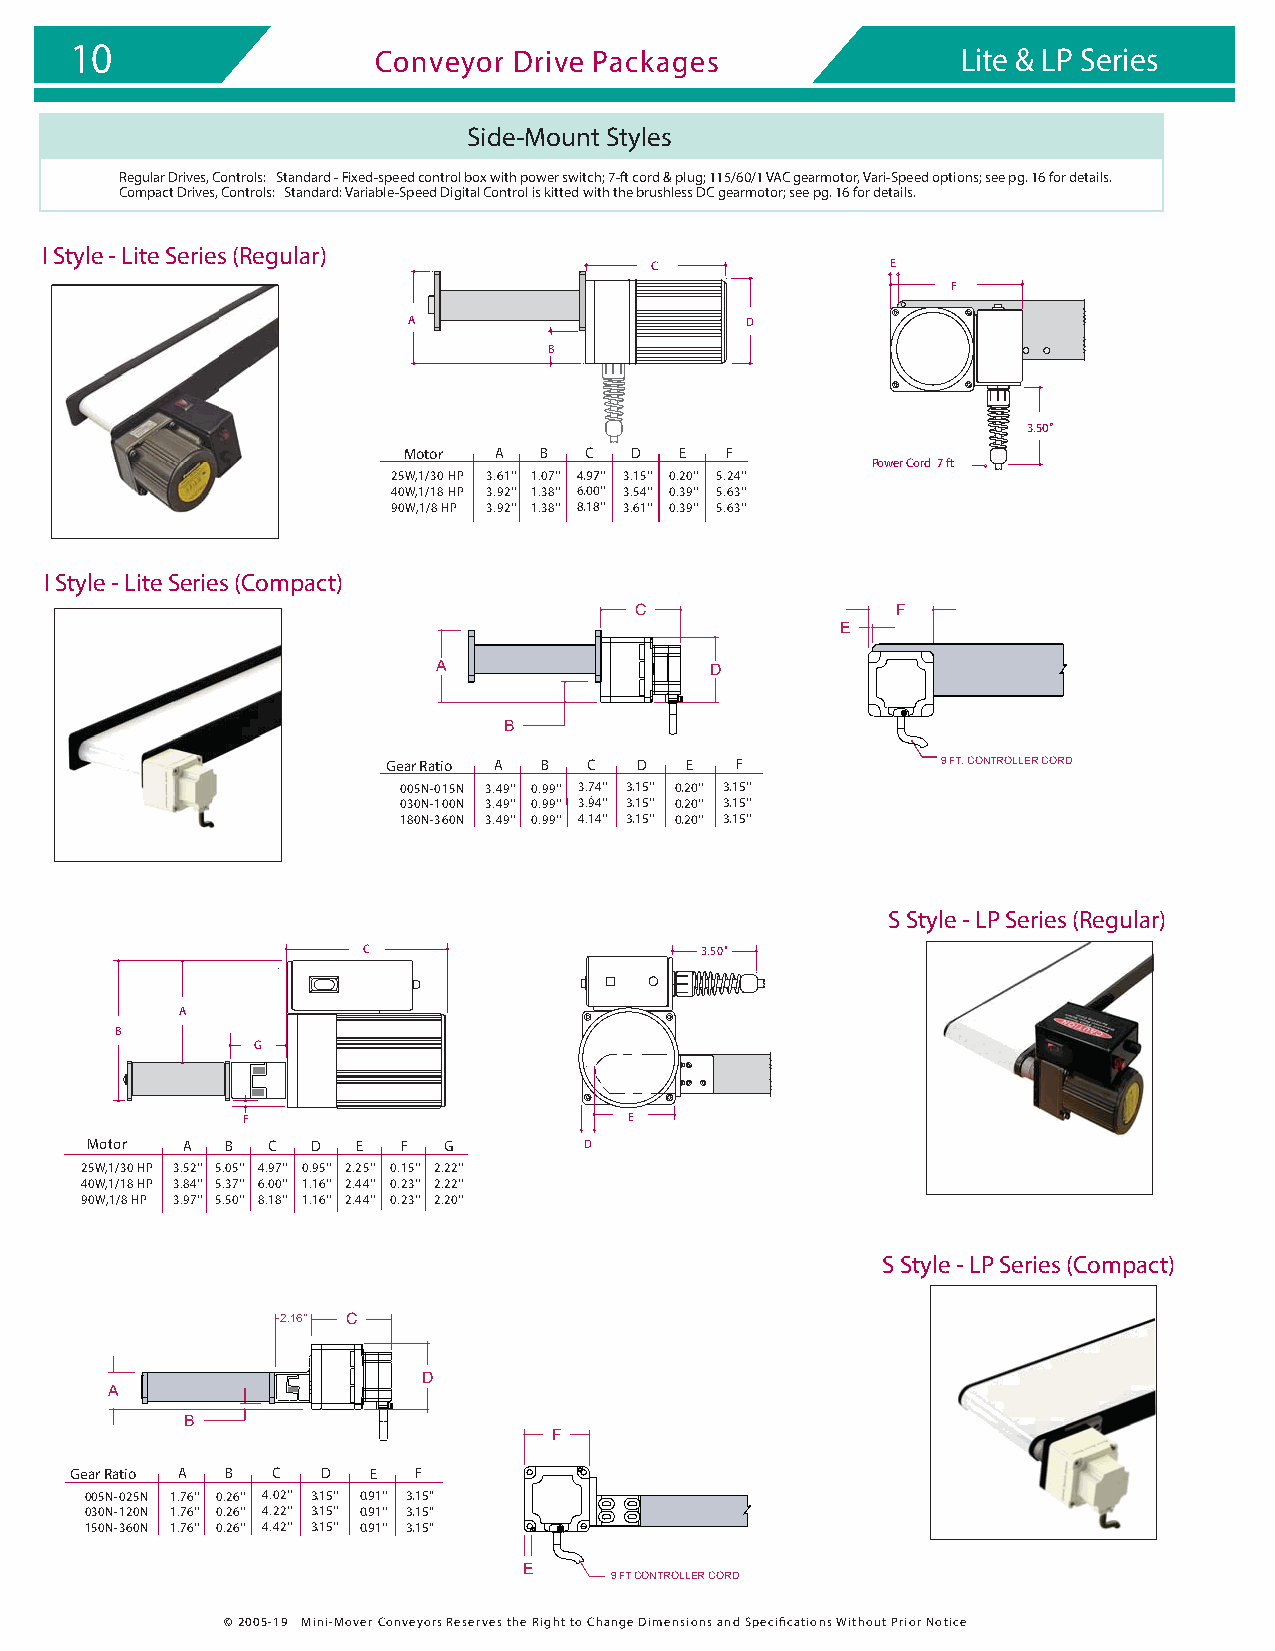
10                  Conveyor Drive Packages                Lite & LP Series
 Side-Mount Styles
 Regular Drives, Controls: Standard - Fixed-speed control box with power switch; 7-ft cord & plug; 115/60/1 VAC gearmotor, Vari-Speed options; see pg. 16 for details.
 Compact Drives, Controls: Standard: Variable-Speed Digital Control is kitted with the brushless DC gearmotor; see pg. 16 for details.
 I Style - Lite Series (Regular)
 C               E
 F
 A                     D
 B
 3.50"
 Motor A  B  C  D  E  F
 Power Cord 7 ft
 25W,1/30 HP 3.61'' 1.07'' 4.97'' 3.15'' 0.20'' 5.24''
 40W,1/18 HP 3.92'' 1.38'' 6.00'' 3.54'' 0.39'' 5.63''
 90W,1/8 HP 3.92'' 1.38'' 8.18'' 3.61'' 0.39'' 5.63''
 I Style - Lite Series (Compact)
 C                F
 E
 A                 D
 B
 Gear Ratio A B C D E   F            9 FT. CONTROLLER CORD
 005N-015N 3.49'' 0.99'' 3.74'' 3.15'' 0.20'' 3.15''
 030N-100N 3.49'' 0.99'' 3.94'' 3.15'' 0.20'' 3.15''
 180N-360N 3.49'' 0.99'' 4.14'' 3.15'' 0.20'' 3.15''
 S Style - LP Series (Regular)
 C                     3.50"
 A
 B
 G
 F                         E
 Motor A  B  C  D  E  F G         D
 25W,1/30 HP 3.52'' 5.05'' 4.97'' 0.95'' 2.25'' 0.15'' 2.22''
 40W,1/18 HP 3.84'' 5.37'' 6.00'' 1.16'' 2.44'' 0.23'' 2.22''
 90W,1/8 HP 3.97'' 5.50'' 8.18'' 1.16'' 2.44'' 0.23'' 2.20''
 S Style - LP Series (Compact)
 2.16'' C
 D
 A
 B
 F
 Gear Ratio A B C D E  F
 005N-025N 1.76'' 0.26'' 4.02'' 3.15'' 0.91'' 3.15''
 030N-120N 1.76'' 0.26'' 4.22'' 3.15'' 0.91'' 3.15''
 150N-360N 1.76'' 0.26'' 4.42'' 3.15'' 0.91'' 3.15''
 E
 9 FT CONTROLLER CORD
 © 2005-19 Mini-Mover Conveyors Reserves the Right to Change Dimensions and Specifications Without Prior Notice